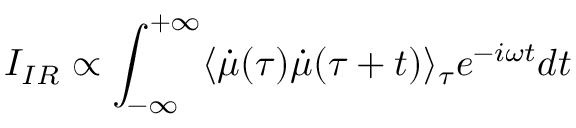
I _ { I R } \propto \int _ { - \infty } ^ { + \infty } \langle \dot { \mu } ( \tau ) \dot { \mu } ( \tau + t ) \rangle _ { \tau } e ^ { - i \omega t } d t